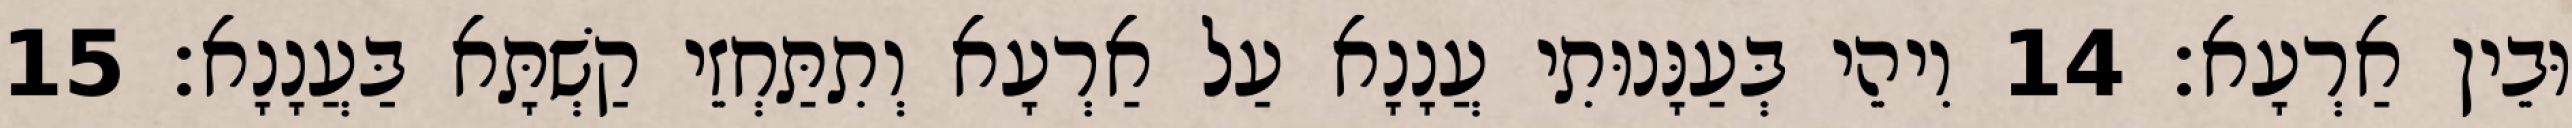
וּבֵין אַרְעָא׃ 14 וִיהֵי בְּעַנָּנוּתִי עֲנָנָא עַל אַרְעָא וְתִתַּחְזֵי קַשְׁתָּא בַּעֲנָנָא׃ 15